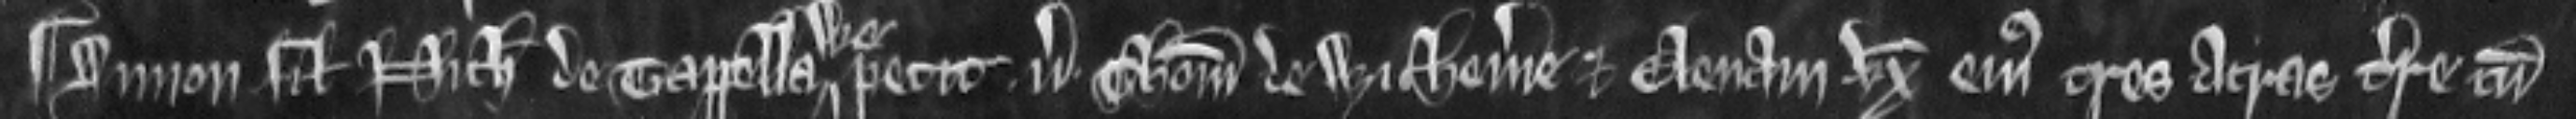
¶ Simon filius Nicholai de Tappellawe petit versus Thomam de Withemere et Elenam uxorem ejus tres acras terre cum